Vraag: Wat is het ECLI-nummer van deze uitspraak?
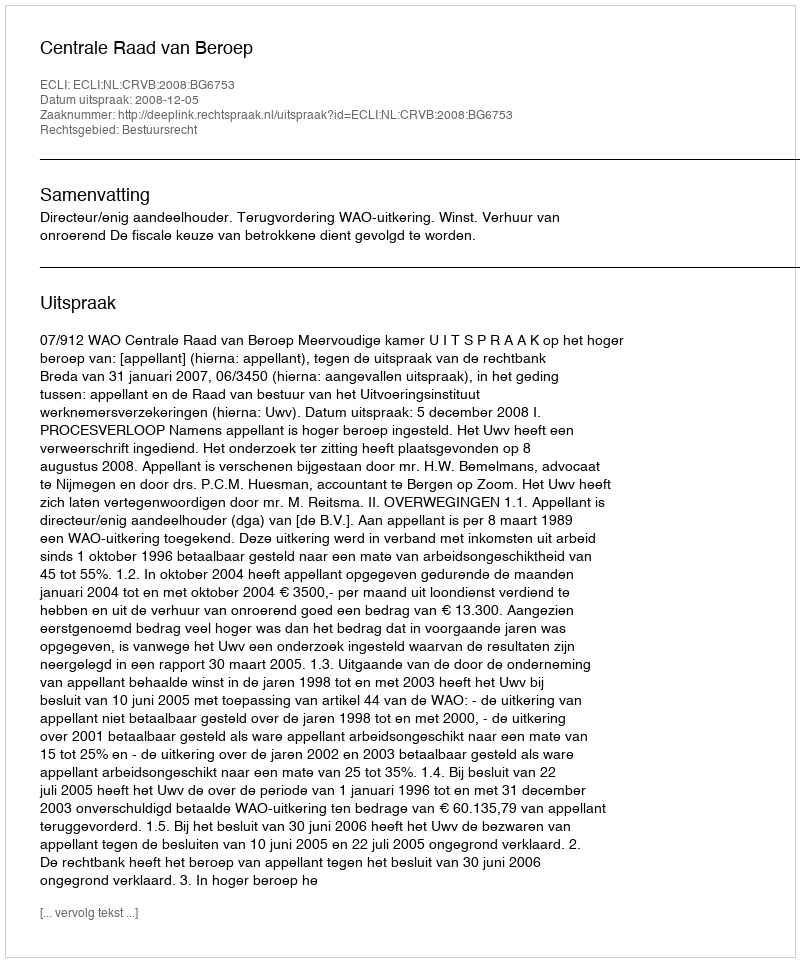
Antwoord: ECLI:NL:CRVB:2008:BG6753